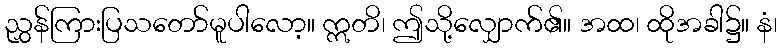
ညွှန်ကြားပြသတော်မူပါလော့။ ဣတိ၊ ဤသို့လျှောက်၏။ အထ၊ ထိုအခါ၌။ နံ၊